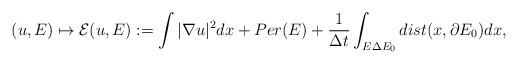
LaTeX: \begin{align*}(u,E)\mapsto \mathcal{E}(u,E):=\int|\nabla u|^2dx+Per(E)+\frac{1}{\Delta t}\int_{E\Delta E_0}dist(x,\partial E_0)dx,\end{align*}